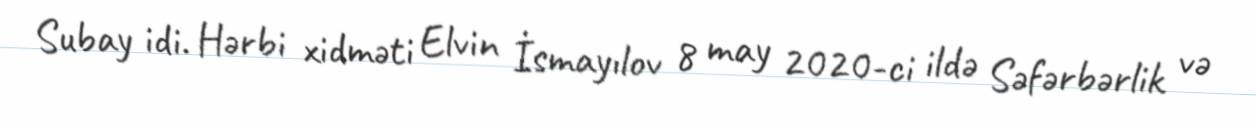
Subay idi. Hərbi xidməti Elvin İsmayılov 8 may 2020-ci ildə Səfərbərlik və